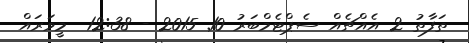
ތަފާތު 2 އެއްޗެއް ސެޕްޓެމްބަރު 10